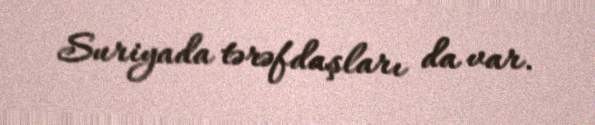
Suriyada tərəfdaşları da var.